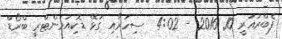
ފެބްރުއަރީ 10